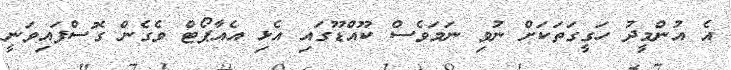
އެ އުންމީދު ހަގީގަތަކަށް ނުވި ނަމަވެސް ކޫއްޑޫގައި އެޅި އެއާޕޯޓް ވެގެން ގޮސްފައިވަނީ